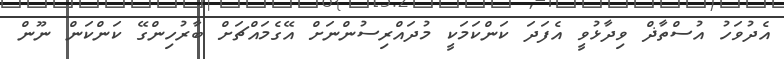
އެދުވަހު އުސްތާޛް ވިދާޅުވީ އެފަދަ ކަންކަމަކީ މުދައްރިސުންނަށް އޭގެމައްޗަށް ބާރުހިންގޭ ކަންކަން ނޫން